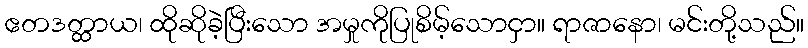
ဧတဒတ္ထာယ၊ ထိုဆိုခဲ့ပြီးသော အမှုကိုပြုစိမ့်သောငှာ။ ရာဇာနော၊ မင်းတို့သည်။